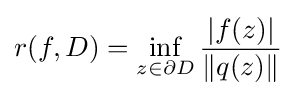
r(f,D)=\inf _{z\in \partial D}{\frac {|f(z)|}{\|q(z)\|}}